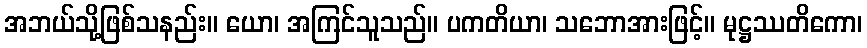
အဘယ်သို့ဖြစ်သနည်း။ ယော၊ အကြင်သူသည်။ ပကတိယာ၊ သဘောအားဖြင့်။ မုဋ္ဌဿတိကော၊